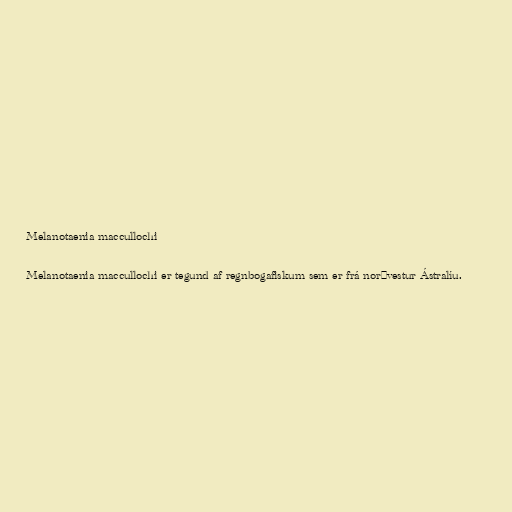
Melanotaenia maccullochi

Melanotaenia maccullochi er tegund af regnbogafiskum sem er frá norðvestur Ástralíu.